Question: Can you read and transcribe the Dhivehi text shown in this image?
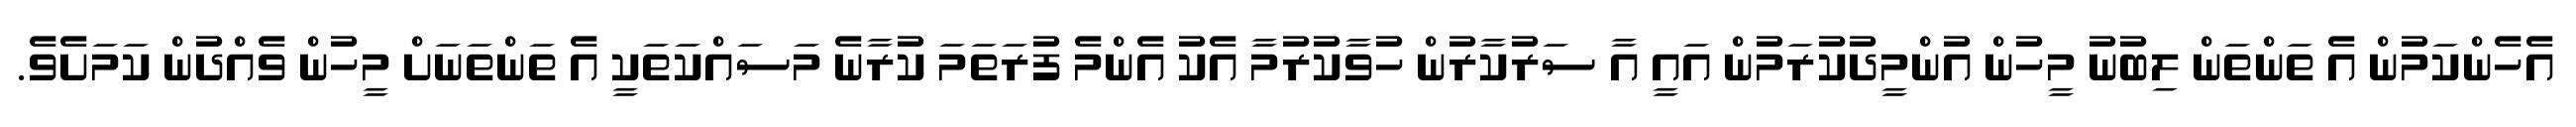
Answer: އެހެންކަމުން އެ ތަންތަން ލިބުނު މީހުން އުންމީދުކުރަމުން އައީ އާ ސަރުކާރުން ހުވާކުރުމާ އެކު އެންމެ ފުރަތަމަ ކުރާނެ މަސައްކަތަކީ އެ ތަންތަނަށް މީހުން ވެއްދުން ކަމަށެވެ.